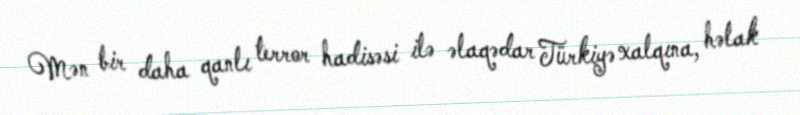
Mən bir daha qanlı terror hadisəsi ilə əlaqədar Türkiyə xalqına, həlak